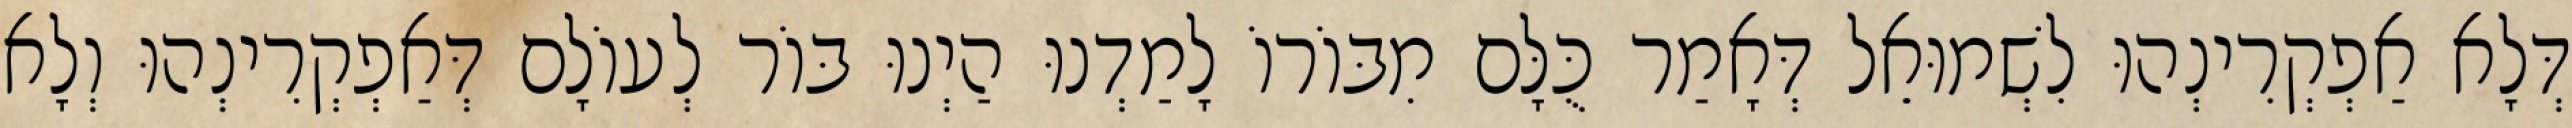
דְּלָא אַפְקְרִינְהוּ לִשְׁמוּאֵל דְּאָמַר כֻּלָּם מִבּוֹרוֹ לָמַדְנוּ הַיְנוּ בּוֹר לְעוֹלָם דְּאַפְקְרִינְהוּ וְלָא